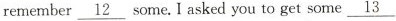
remember__12 some. I asked you to get some__13